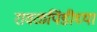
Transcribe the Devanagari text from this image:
रावळपिंडीच्या